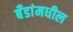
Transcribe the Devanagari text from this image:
बँडांमधील